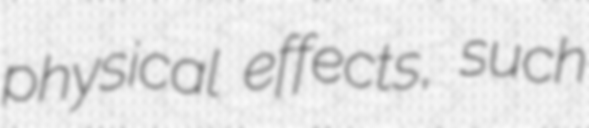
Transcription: physical effects, such